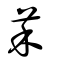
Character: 䒩